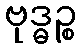
ဗုဒ္ဓဉ္စ